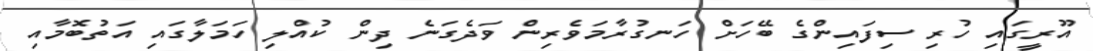
އޫރީގައި ހުރި ސިފައިންގެ ބޭހަށް ހަނގުރާމަވެރިން ވަދެގަނެ ދިން ކުއްލި ހަމަލާގައި އަތުބޮމާއި